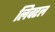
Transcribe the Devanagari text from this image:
लिवरल